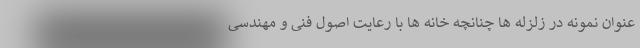
عنوان نمونه در زلزله ها چنانچه خانه ها با رعایت اصول فنی و مهندسی